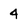
Character: 4